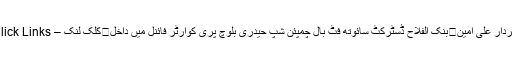
سردار علی امین	بنک الفلاح ڈسٹرکٹ سائوتھ فٹ بال چمپئن شپ حیدری بلوچ پری کوارٹر فائنل میں داخل	کلک لنک – Click Links